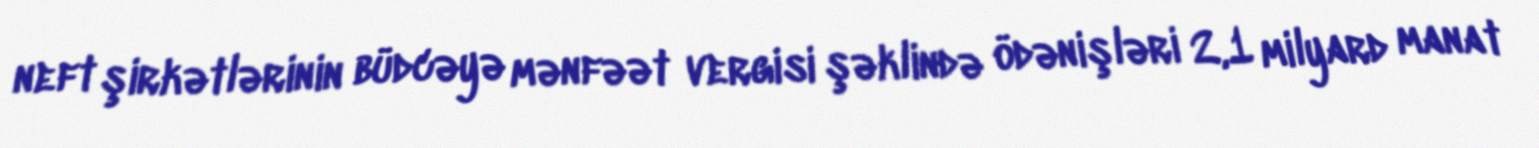
neft şirkətlərinin büdcəyə mənfəət vergisi şəklində ödənişləri 2,1 milyard manat